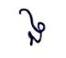
ង